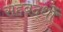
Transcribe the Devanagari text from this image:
सहबद्धों